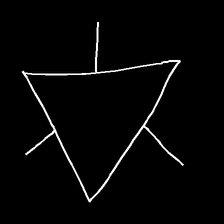
Glyph: fire